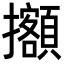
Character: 𢹷